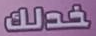
خدلك